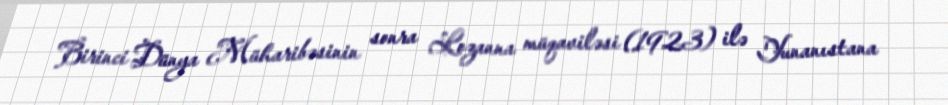
Birinci Dünya Müharibəsinin sonra Lozanna müqaviləsi (1923) ilə Yunanıstana